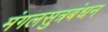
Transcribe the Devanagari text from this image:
मंगलसुत्रबंधन